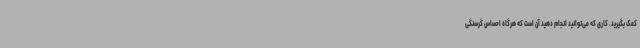
کمک بگیرید. کاری که می‌توانید انجام دهید آن است که هرگاه احساس گرسنگی